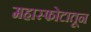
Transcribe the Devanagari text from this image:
महास्फोटातून